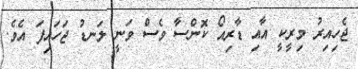
ޖެހިއިރު މިރީކީ އާއި ޑާރިއޯ ކޮންސާ ވެސް ވަނީ ލަނޑު ޖަހައިފަ އެވެ.